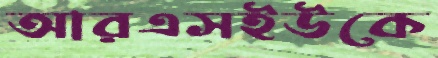
আরএসইউকে